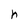
Character: h